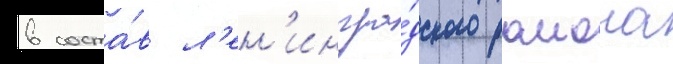
в соста́в л'ен'ингра́дского раиона